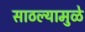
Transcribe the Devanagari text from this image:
साठल्यामुळे